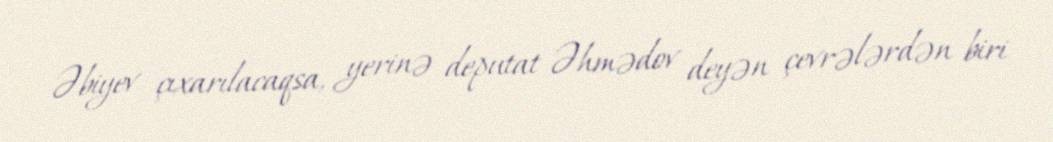
Əbiyev çıxarılacaqsa, yerinə deputat Əhmədov deyən çevrələrdən biri